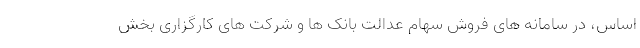
اساس، در سامانه های فروش سهام عدالت بانک ها و شرکت های کارگزاری بخش